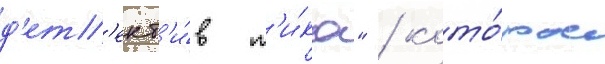
д'ет'ект'и́в т'и́ка" / кото́рое